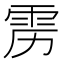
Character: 雳